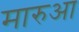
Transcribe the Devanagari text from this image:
मारुआ